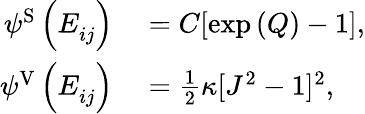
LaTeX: \begin{array}{rl}{\psi^{\mathrm{{S}}}\left(E_{ij}^{\phantom{}}\right)}&{{}=C[\mathrm{exp}\left(Q\right)-1],}\\ {\psi^{\mathrm{{V}}}\left(E_{ij}^{\phantom{}}\right)}&{{}=\frac{1}{2}\kappa[J^{2}-1]^{2},}\end{array}